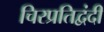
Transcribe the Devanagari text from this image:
चिरप्रतिद्वंदी